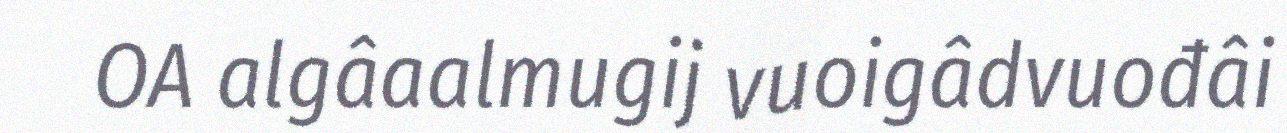
OA algâaalmugij vuoigâdvuođâi